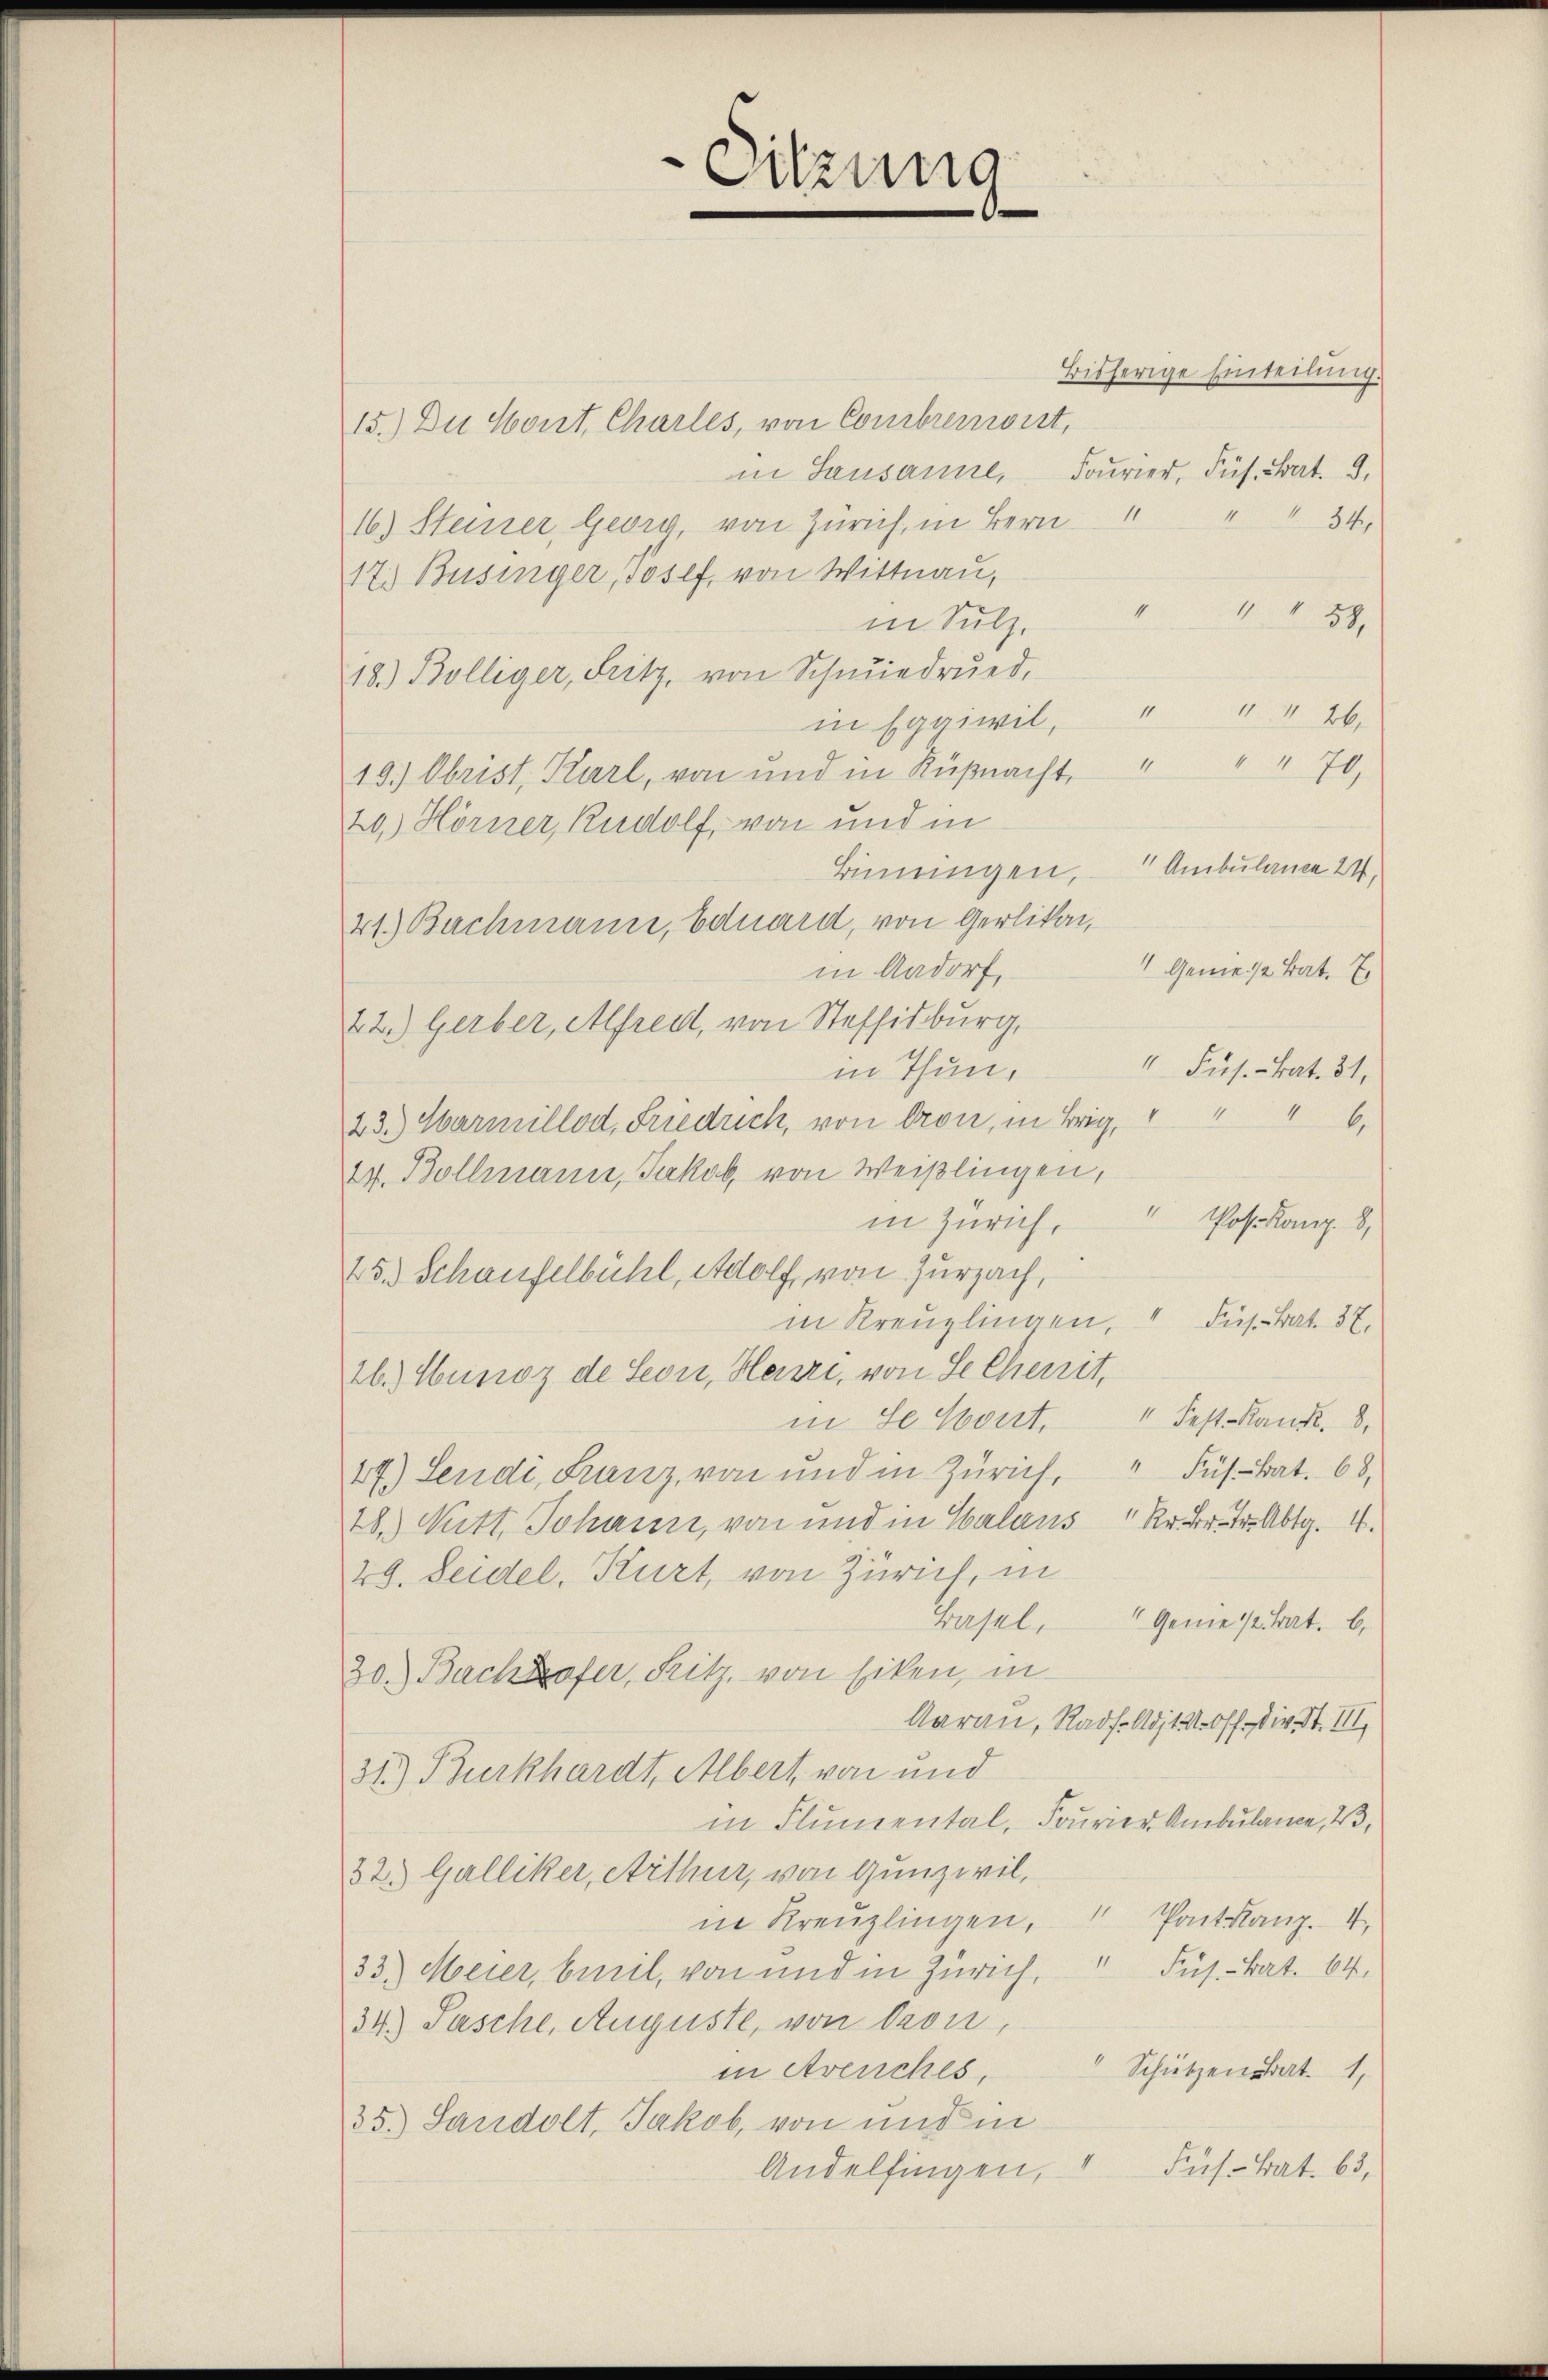
Sitzung
¬

15.) Du Cont, Charles, von Comibrenwirt,
in Lausanne, Fourier, Sus. Brat. 3.
16) Steiner, Georg, von Zürich, in Bern " " " 34
17.) Businger, Josef, von Wittnau,
124
in Sulz.
18.) Bölliger, Fritz, von Schmiedrŭed,
126.
in Epaiwil,
10.) Obrist, Karl, von und in Küßnacht, " " " 70,
20.) Hörner, Rudolf, von und in
Binningen, Ambulance 24.
41.) Bachmann, Eduard, von Gerlikon,
 Geniese Bat. 7.
in Aadorf,
22.) Gerber, Alfred, von Steffisburg,
in Thun, " Fus. Bat. 31,
23.) Warmillod, Friedrich, von Cron, in Brig, " " " 6.
27. Bollmann, Jakob von Weißlingen,
Pos. Komp. 8,
in Zürich,
45.) Schaufelbühl, Adolf, von Zurzach,
in Kreuzlingen, 4 Fuß hat. 37.
26.) Hunoz de Seon, Heuri, von Secherit,
in Se Cout. " Fest-Kank. 8.
27.) Lendi, Franz, von und in Zürich, " Füs bat. 68.
18.) Nitt. Johann, von und in Salaus " Kr B. fr. Abg. 4.
29. Seidel, Kurt, von Zürich, in
Basel,
" Genie 12 trat. 6.
30.) Bachofer, Fritz, von Ecken, in
Aarau, Radf. Art. 21. Off. Die St. III.
31.) Burkhardt, Albert von und
in Flumental, Fourier Ambulance, 2,
32. Galliker, Arthur, von Gunzivil,
in Kreuzlingen, Pontanz. I
33.) Meier, beeil, von und in Zürich, Fus. Bat. 64,
34) Pasche, Auguste, von Pron,
" Schützensbat. 1,
in Avenches.
35.) Sandolt, Jakob, von und in
Andelfingen, 1 Fus. Bat. 63,

Bisherige Einteilung.